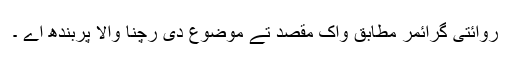
روائتی گرائمر مطابق واک مقصد تے موضوع دی رچنا والا پربندھ اے ۔